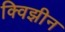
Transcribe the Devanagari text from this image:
क्विझीन